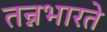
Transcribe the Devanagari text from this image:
तन्नभारते